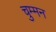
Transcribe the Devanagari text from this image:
चुम्मन